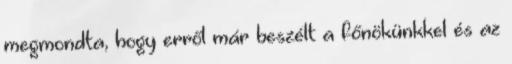
megmondta, hogy erről már beszélt a főnökünkkel és az